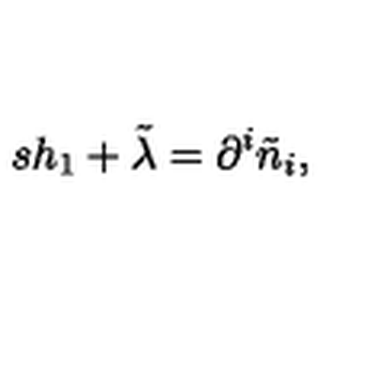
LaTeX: s h _ { 1 } + \tilde { \lambda } = \partial ^ { i } \tilde { n } _ { i } ,